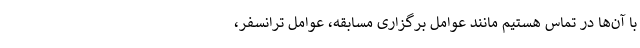
با آن‌ها در تماس هستیم مانند عوامل برگزاری مسابقه، عوامل ترانسفر،